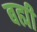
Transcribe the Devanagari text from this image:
बह्मी